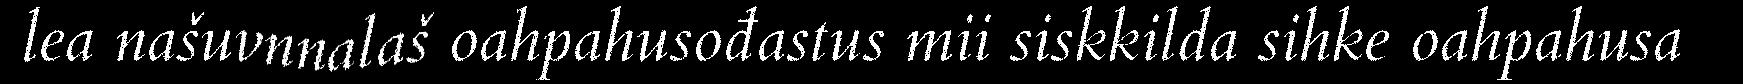
lea našuvnnalaš oahpahusođastus mii siskkilda sihke oahpahusa